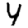
Digit: 4